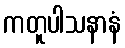
ကတူပါသနာနံ